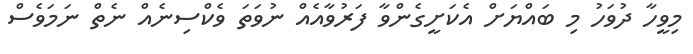
މިވީހާ ދުވަހު މި ބައްޔަށް އެކަށީގެންވާ ފަރުވާއެއް ނުވަތަ ވެކްސިނެއް ނެތް ނަމަވެސް